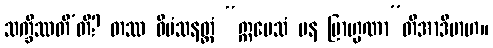
သက္ခိဿတီ’တိ? တဿ ဝီမံသနတ္ထံ “ဣမေသံ ပန ဗြာဟ္မဏာ”တိအာဒိမာဟ။